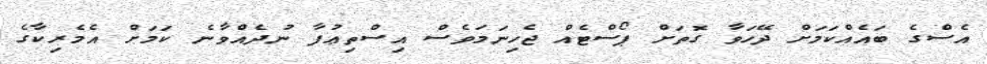
އެސްގެ ބައެއްކަމަށް ދޭހަވާ ގޮތަށް ޕޯސްޓެއް ޖެހިނަމަވެސް އިސްތިޢުފާ ނުދެއްވާނެ ކަމަށް އެމެރިކާގެ